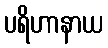
ပရိဟာနာယ